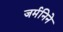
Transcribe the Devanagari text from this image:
जर्मनिने